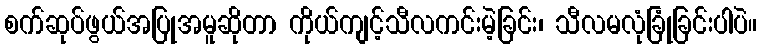
စက်ဆုပ်ဖွယ်အပြုအမူဆိုတာ ကိုယ်ကျင့်သီလကင်းမဲ့ခြင်း၊ သီလမလုံခြုံခြင်းပါပဲ။